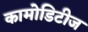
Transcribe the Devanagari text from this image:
कामोडिटीज